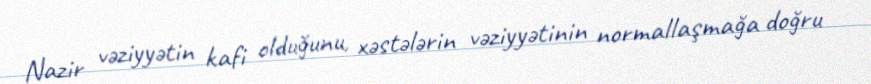
Nazir vəziyyətin kafi olduğunu, xəstələrin vəziyyətinin normallaşmağa doğru